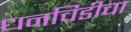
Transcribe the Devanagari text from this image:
धनचिडीचा